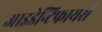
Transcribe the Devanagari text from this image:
आइडेन्टिफायर्स